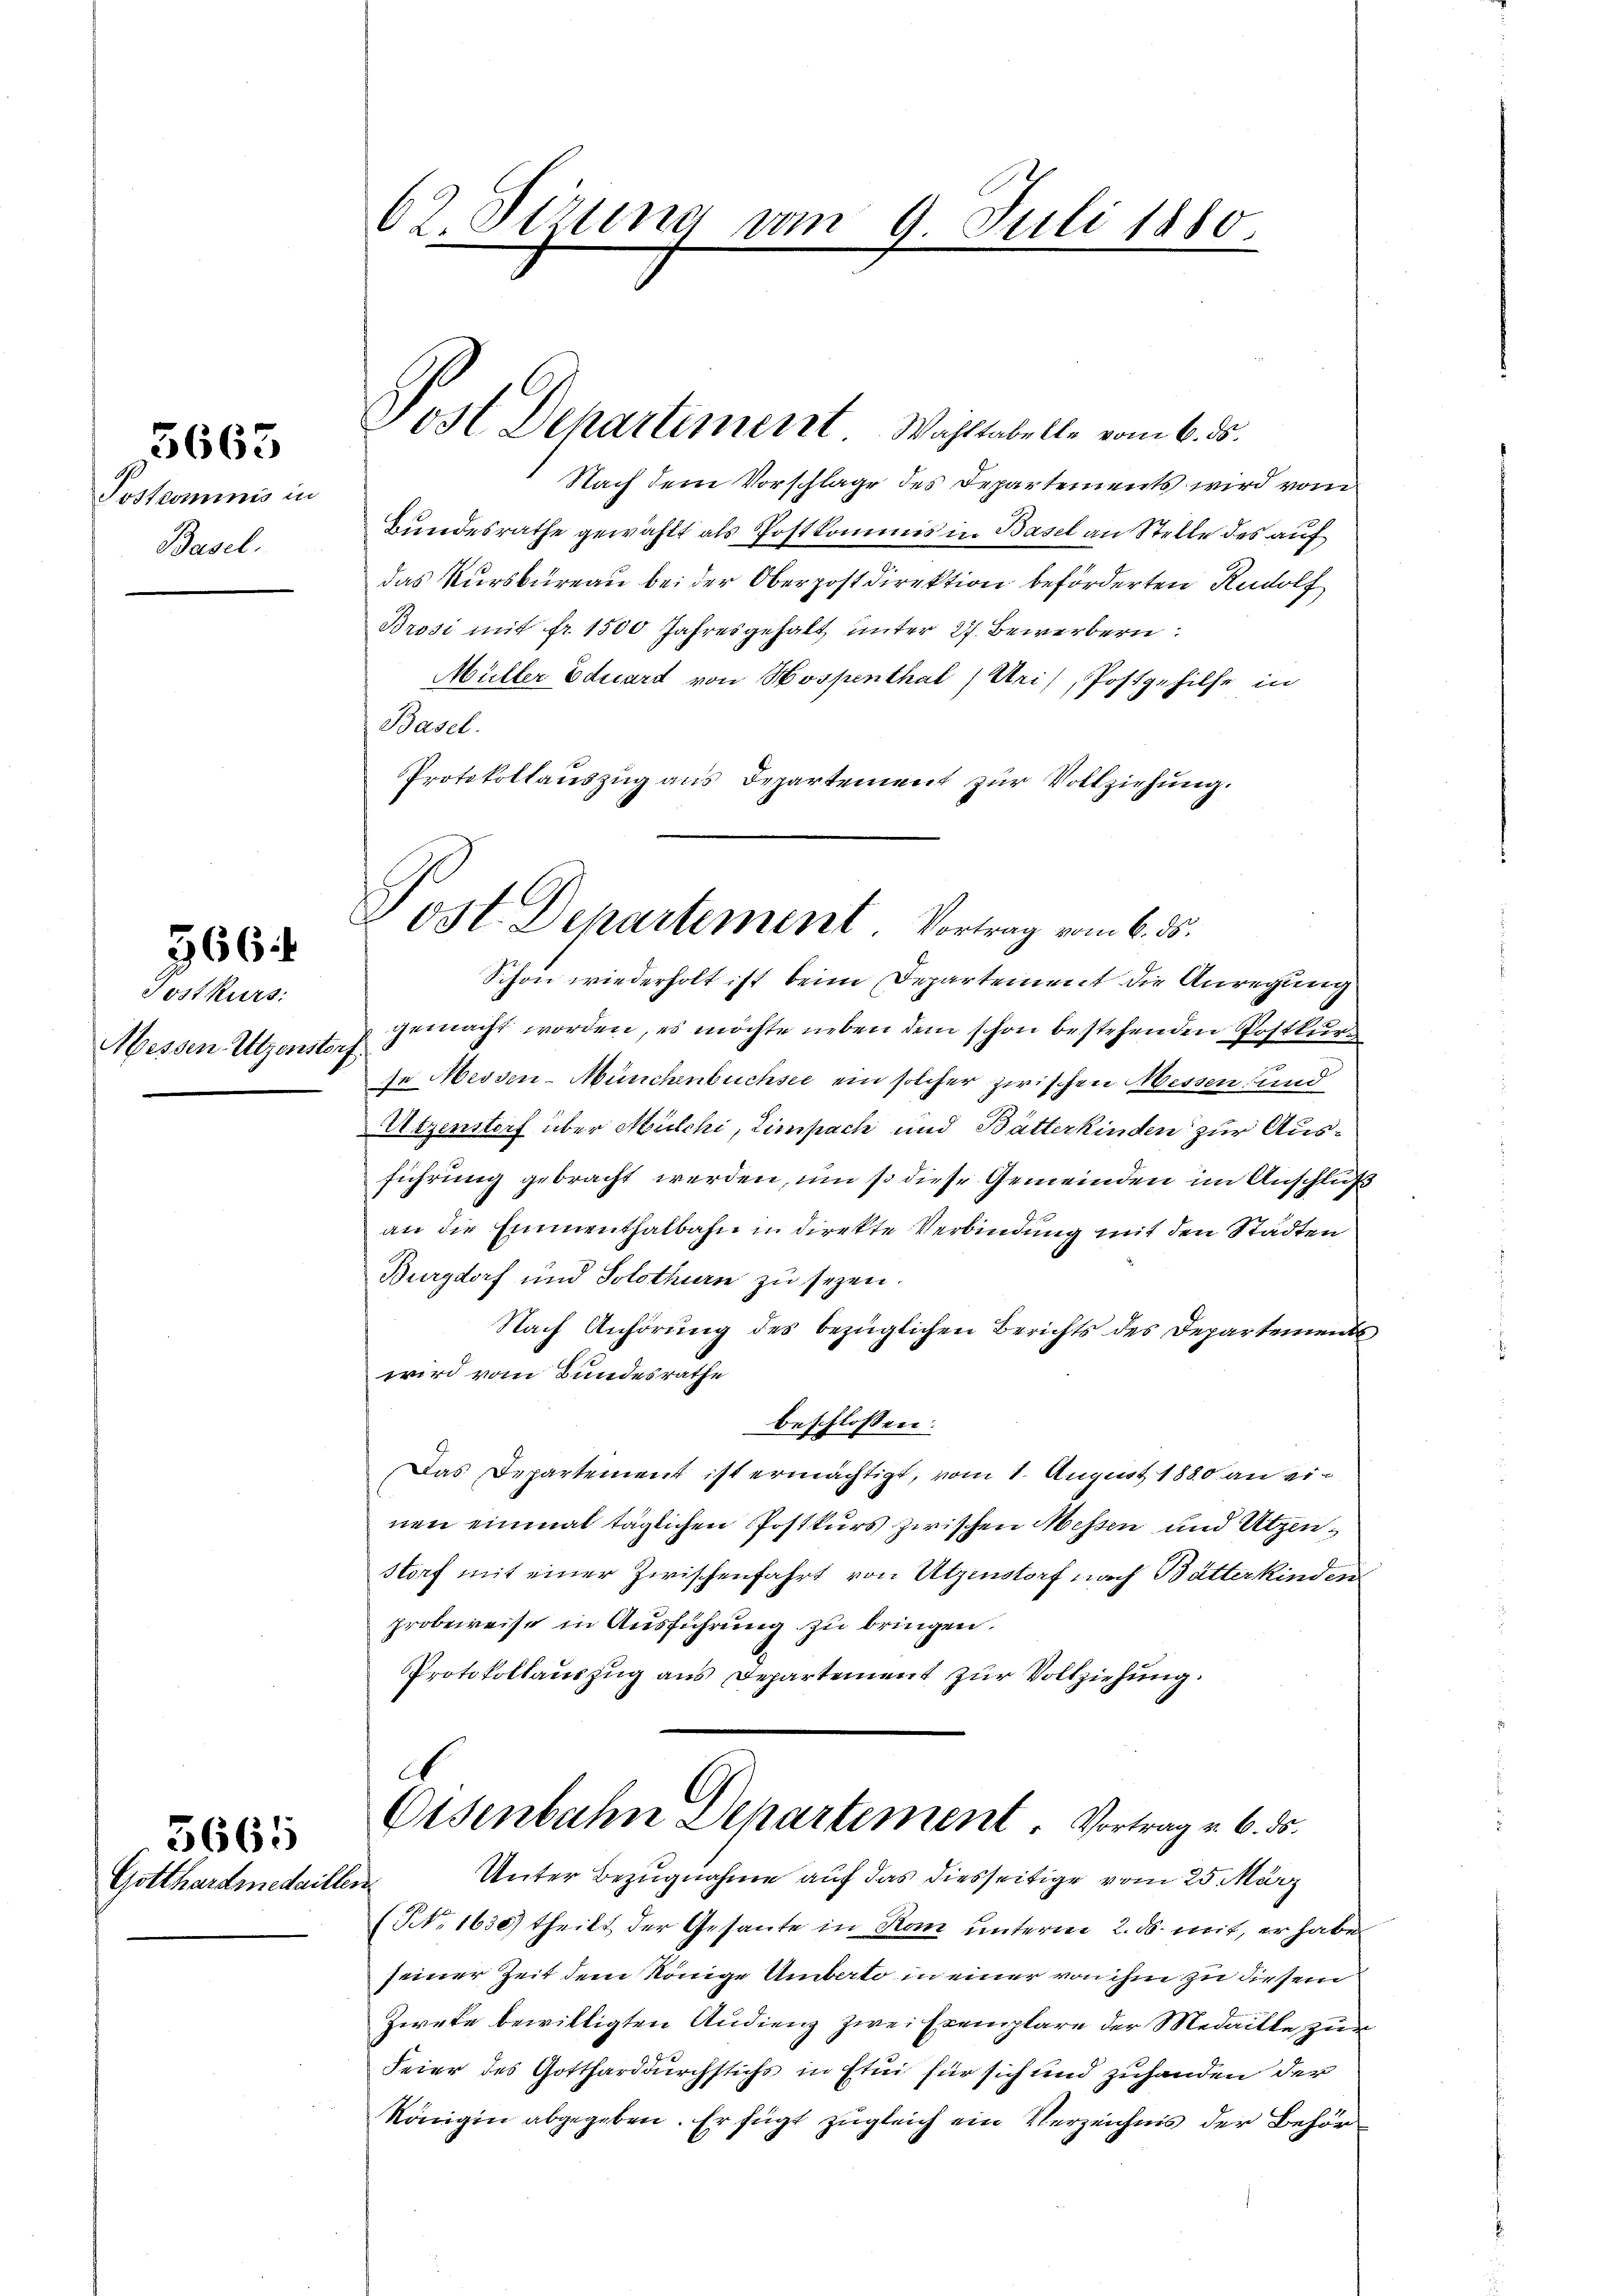
5663

Postcommis in
Basel.

566

Postkurs
Messen Utzensterz

5665
Gotthardmedaillen

62. Sizung vom 9. Juli 1880

Post Departement Wohltabelle vom 6. ds.

Post Departement. Vortrag vom 6. ds.

Nach dem Vorschlage des Departements wird vom
Bundesrathe gewählt als Postkommis in Basel an Stelle des auf
das Kursbureau bei der Oberpostdirektion beförderten Rudolf
Brosi mit fr. 1500 Jahresgehalt unter 27. Bewerbern:
Müller Eduard von Hospenthal (Uri), Postgehilfe in
Basel.
Protokollauszug aus Departement zur Vollziehung.
Schon wiederholt ist beim Departement die Anregung
gemacht worden, es möchte neben dem schon bestehenden Postkurse Messen-Münchenbuchsee ein solcher zwischen Messen und
Utzenstorf über Milchi, Limpach und Bätterkinden zur Ausführung gebracht werden, um so diese Gemeinden im Anschluß
an die Emmenthalbahn in direkte Verbindung mit den Städten
Burgdorf und Solothurn zu seyen.
Nach Anhörung des bezüglichen Berichts des Departement
wird vom Bundesrathe
beschlossen:
Das Departement ist ermächtigt, vom 1. August 1880 an einen einmal täglichen Postkurs zwischen Messen und Utzenstorf mit einer Zwischenfahrt von Utzenstorf nach Butterkinden
probeweise in Ausführung zu bringen.
Protokollauszug aus Departement zur Vollziehung.

d
A
Eisenbahn Departement. Vortrag v. 6. ds.
Unter Bezugnahme auf das diesseitige vom 25. März

(NNo. 1630) theilt der Gesante in Kom unterm 2. ds. mit, er habe
seiner Zeit dem Könige Umberto in einer von ihm zu diesem
Zwete bewilligten Audienz zwei Exemplare der Medaitte zur
Feier des Gottharddurchstichs in Etui für sich und zuhanden der
Königin abgegeben. Er fügt zugleich ein Verzeichnis der Behör